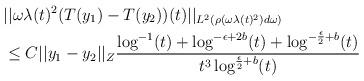
LaTeX: \begin{align*}&||\omega \lambda(t)^{2}(T(y_{1})-T(y_{2}))(t)||_{L^{2}(\rho(\omega \lambda(t)^{2})d\omega)}\\&\leq C ||y_{1}-y_{2}||_{Z} \frac{\log^{-1}(t)+\log^{-\epsilon+2b}(t)+\log^{-\frac{\epsilon}{2}+b}(t)}{t^{3}\log^{\frac{\epsilon}{2}+b}(t)}\end{align*}